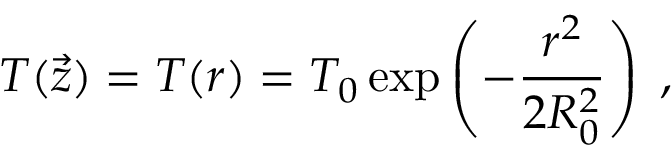
T ( \vec { z } ) = T ( r ) = T _ { 0 } \exp \left( - \frac { r ^ { 2 } } { 2 R _ { 0 } ^ { 2 } } \right) \; ,